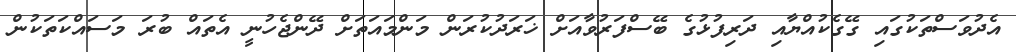
އެދުވަސްތަކުގައި ގޭގެކުއްޔާއި ދަރިފުޅުގެ ބޭސްފަރުވާއަށް ޚަރަދުކުރަން މަންމައަތަށް ދޭންޖެހުނީ އެތައް ބުރަ މަސައްކަތަކުން